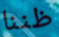
ظننا